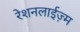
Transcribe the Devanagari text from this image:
रेशनलाईज़्म